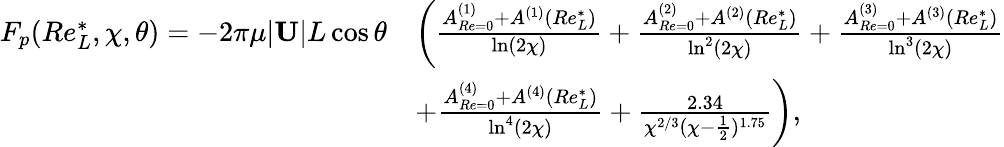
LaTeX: \begin{array}{rl}{F_{p}(Re_{L}^{*},\chi,\theta)=-2\pi\mu|\mathbf{U}|L\cos\theta}&{\left(\frac{A_{Re=0}^{(1)}+A^{(1)}(Re_{L}^{*})}{\ln(2\chi)}+\frac{A_{Re=0}^{(2)}+A^{(2)}(Re_{L}^{*})}{\ln^{2}(2\chi)}+\frac{A_{Re=0}^{(3)}+A^{(3)}(Re_{L}^{*})}{\ln^{3}(2\chi)}\right.}\\ &{\left.+\frac{A_{Re=0}^{(4)}+A^{(4)}(Re_{L}^{*})}{\ln^{4}(2\chi)}+\frac{2.34}{\chi^{2/3}(\chi-\frac{1}{2})^{1.75}}\right),}\end{array}